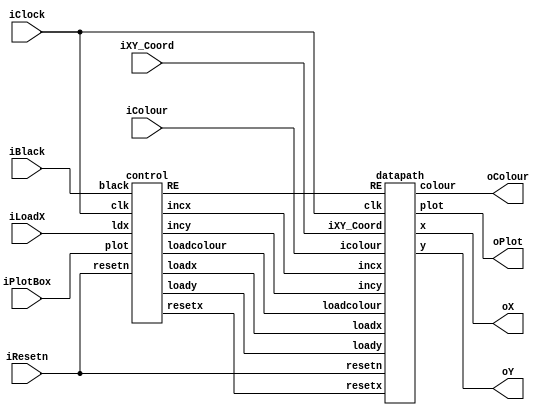
//
// This is the template for Part 2 of Lab 7.
//
// Paul Chow
// November 2021
//

module part2(iResetn,iPlotBox,iBlack,iColour,iLoadX,iXY_Coord,iClock,oX,oY,oColour,oPlot);
   parameter X_SCREEN_PIXELS = 8'd160;
   parameter Y_SCREEN_PIXELS = 7'd120;
   
   input wire iResetn, iPlotBox, iBlack, iLoadX;
   input wire [2:0] iColour;
   input wire [6:0] iXY_Coord;
   input wire 	    iClock;
   output wire [7:0] oX;         // VGA pixel coordinates
   output wire [6:0] oY;
   
   output wire [2:0] oColour;     // VGA pixel colour (0-7)
   output wire 	     oPlot;       // Pixel draw enable

   //
   // Your code goes here
   //
   wire incx, incy, loadx, loady, loadcolour, RE, resetx;
	control c0 (iClock, iResetn, iPlotBox, iBlack, iLoadX, incx, incy,loadx, loady, loadcolour, RE, resetx);
	datapath d0 (iClock, iResetn, incx, incy, loadx, loady, loadcolour, iXY_Coord, iColour, RE, oX, oY, oColour, oPlot, resetx);
endmodule // part2

module control(clk, resetn, plot, black, ldx, incx, incy, loadx, loady, loadcolour, RE, resetx);
	input clk, resetn, plot, black, ldx;
	output reg RE;
	reg [1:0] countX = 2'b01;
	reg [1:0] countY = 2'b00;
	
	output reg loadx, loady, loadcolour, incx, incy, resetx;
	reg [3:0] current_state, next_state; 
	localparam		S_LOAD_X 			= 3'd0,
						S_LOAD_X_WAIT		= 3'd1,
						S_PLOT				= 3'd2,
						S_PLOT_WAIT			= 3'd3,
						S_DRAW_X				= 3'd4,
						S_INC_Y				= 3'd5,
						S_BLACK				= 3'd6,
						S_BLACK_INC_Y		= 3'd7;
	
	always@(posedge clk)begin
		if (incx) begin
			countX = countX + 1;
		end
		if (incy) begin
			countY = countY + 1;
			countX = 2'b0;
			resetx = 1'b0;
		end
		if (current_state == S_LOAD_X) begin
			countX = 2'b00;
			countY = 2'b00;
		end
	end
	always@(*)
    begin: state_table 
            case (current_state)
					S_LOAD_X: begin
							if (black)
								next_state = S_BLACK;
							else if (ldx)
								next_state = S_LOAD_X;
							else
								next_state = S_LOAD_X_WAIT;
						end
					S_LOAD_X_WAIT: next_state = plot ? S_PLOT: S_LOAD_X_WAIT;
					S_PLOT: next_state = S_PLOT_WAIT;
					S_PLOT_WAIT: next_state = plot ? S_PLOT_WAIT : S_DRAW_X;
					S_DRAW_X: begin
						if(countY == 2'b11 && countX == 2'b11)begin 
							next_state = S_LOAD_X;
						end
						else if (countX == 2'b10)begin
							next_state = S_INC_Y;
						end
						else
							next_state = S_DRAW_X;
					end
					S_INC_Y: begin
					if(countY == 2'b11 && countX == 2'b11)begin 
							next_state = S_LOAD_X;
					end
					else
						next_state = S_DRAW_X;
					end
					S_BLACK: begin
//						if (x == X_SCREEN_PIXELS-1 & y == Y_SCREEN_PIXELS-1)
//							next_state = S_LOAD_X;
//						else if (x == x == X_SCREEN_PIXELS-1)
//							next_state = S_BLACK_INC_Y;
//						else
//							next_state = S_BLACK;
					end
					S_BLACK_INC_Y:
						next_state = S_BLACK;
				endcase 
	end
	
	always @(*)
    begin: enable_signals
        // By default make all our signals 0
		  loadx = 1'b0;
		  loady = 1'b0;
		  RE = 1'b1;
		  incx = 1'b0;
		  incy = 1'b0;
		  
		  case(current_state) 
			S_LOAD_X:begin
				loadx = 1'b1;
				incx = 1'b0;
				incy = 1'b0;
				RE = 1'b0;
				end
			S_LOAD_X_WAIT:begin
				loadx = 1'b0;
				end
			S_PLOT: begin
				loady = 1'b1;
				loadcolour = 1'b1;
				incx = 1'b0;
				incy = 1'b0;
				end
			S_PLOT_WAIT:begin
				loady = 1'b0;
				loadcolour = 1'b0;
			end
			S_DRAW_X:begin
				loady = 1'b0;
				loadx = 1'b0; 
				loadcolour = 1'b0;
				RE =1'b1;
				incx = 1'b1;
				incy = 1'b0;
			end
			S_INC_Y: begin
				loady = 1'b0;
				loadx = 1'b0; 
				RE = 1'b1;
				incy = 1'b1;
				incx = 1'b0;
			end
			S_BLACK:begin
				loadx = 0;
				RE = 1'b1;
			end
			S_BLACK_INC_Y:begin
				RE = 1'b0;
			end
		endcase
	end
	
	//current state register
	always @ (posedge clk) begin:state_FFs
		if (!resetn)
			current_state <= S_LOAD_X;
		else
			current_state <= next_state;
	end
	

endmodule

module datapath(clk, resetn, incx, incy, loadx, loady, loadcolour, iXY_Coord, icolour, RE,x, y, colour, plot, resetx);
	input clk;
	input resetn, resetx;
	input loadx, loady, loadcolour, RE, incx, incy;
	input[6:0] iXY_Coord;
	input [2:0] icolour;
	output reg [7:0] x;
	output reg [6:0] y;
	output reg [2:0] colour;
	output reg plot;
	reg [7:0] ini_x;
	reg [6:0] ini_y;
	reg dfy = 1'b1;
	
	always@(posedge clk) begin
		if (!resetn) begin
			x <= 8'b0;
			y <= 8'b0;
			colour <= 3'b0;
		end
		else begin
				if (loadx)begin
					x <= {1'b0, iXY_Coord};
					ini_x  = {1'b0, iXY_Coord};
				end
				if (loady) begin
					ini_y <= iXY_Coord;
					//y <= iXY_Coord;
				end
				if (loadcolour)
					colour <= icolour;
				if (incx)
					x <= x + 1;
					if (dfy) begin
						y <= ini_y;
						dfy = 1'b0;
					end
						
				if(incy) begin
					y <= y + 1;
					x <= ini_x;
				end
   			//if (resetx)
					//x <= ini_x;
					//plot <= 1'b1;
				if (RE)
					plot <= 1'b1;
				if (!RE)
					plot <= 1'b0;
			end
	end
endmodule